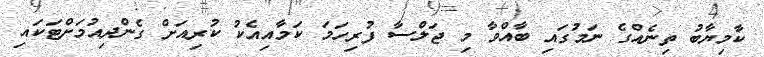
ކާމިޔާބު ތިނެއްގެ ނަމުގައި ބާއްވާ މި ޖަލްސާ ފުރިހަމަ ކަމާއިއެކު ކުރިއަށް ގެންދިއުމަށްޓަކައި